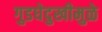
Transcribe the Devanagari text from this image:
गुडघेदुखीमुळे